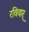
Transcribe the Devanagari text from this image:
रविवार्